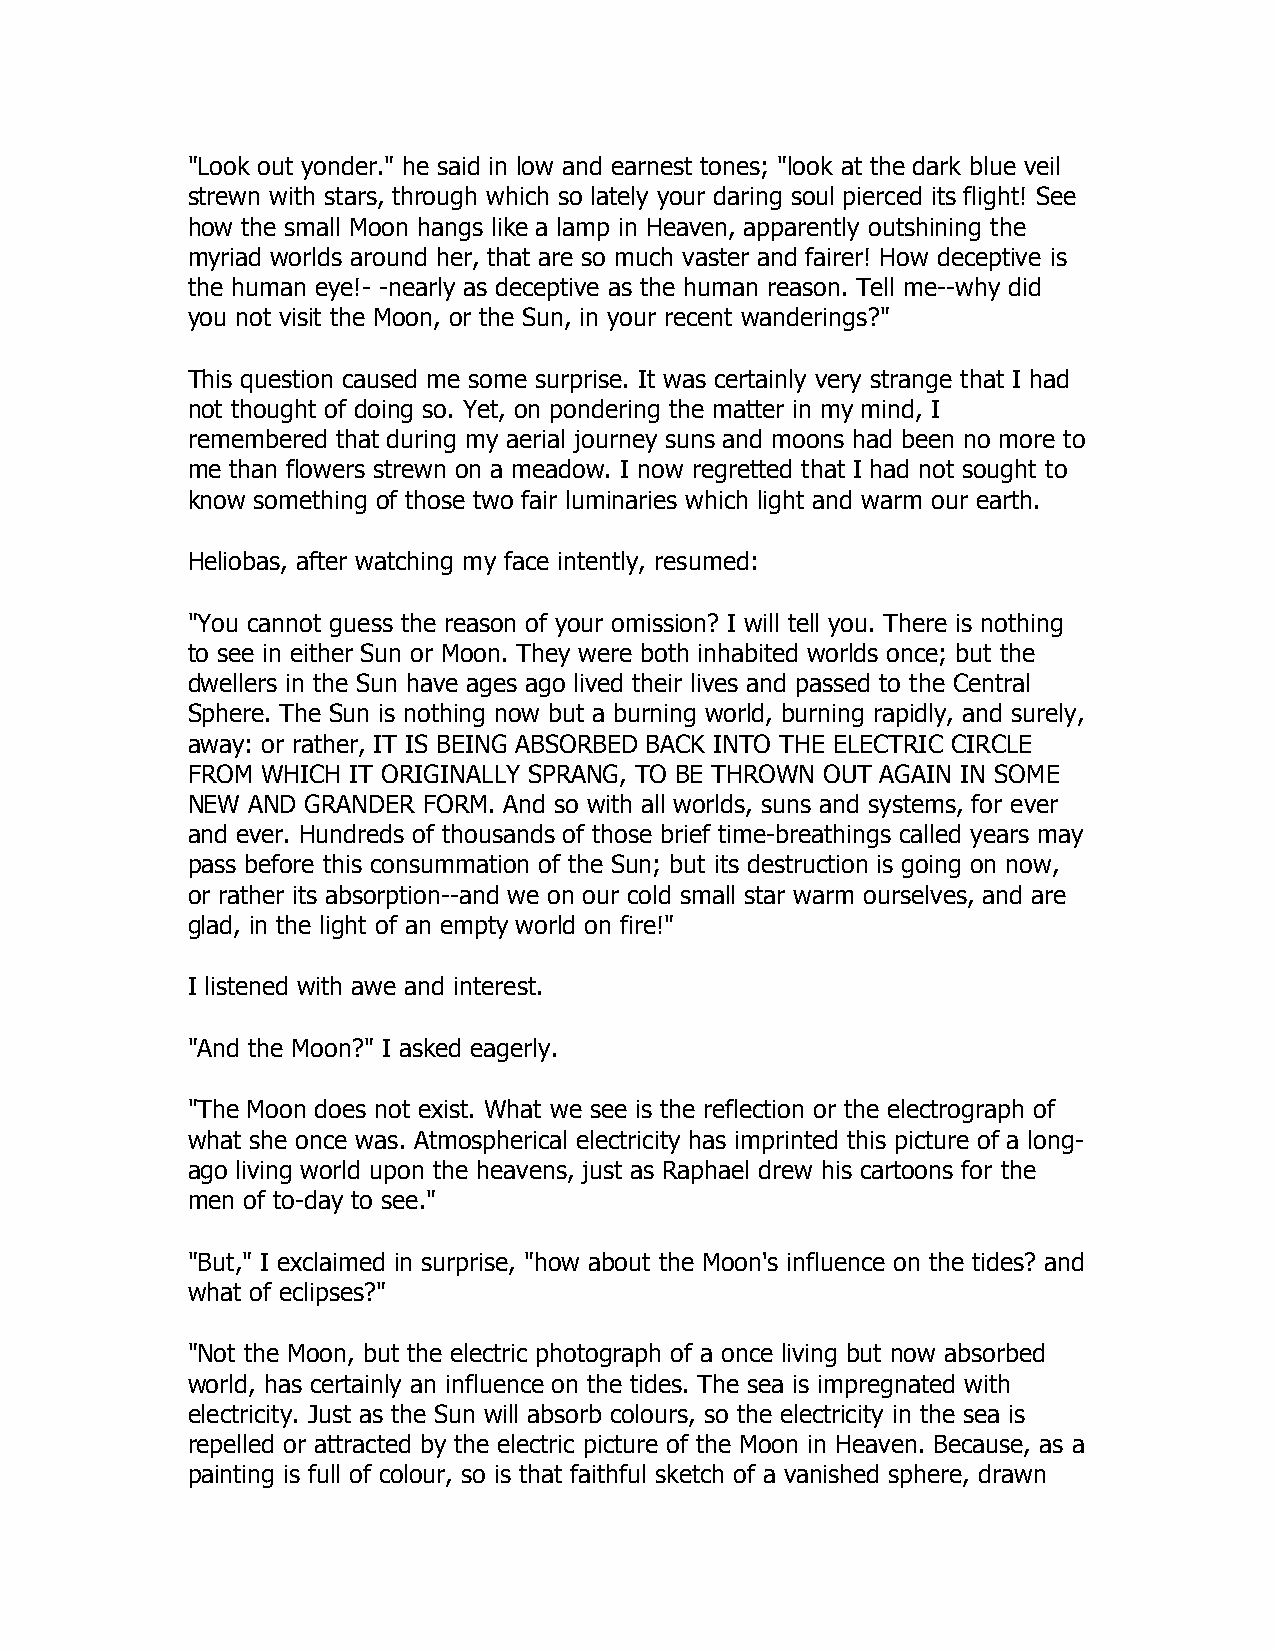
"Look out yonder." he said in low and earnest tones; "look at the dark blue veil
 strewn with stars, through which so lately your daring soul pierced its flight! See
 how the small Moon hangs like a lamp in Heaven, apparently outshining the
 myriad worlds around her, that are so much vaster and fairer! How deceptive is
 the human eye!- -nearly as deceptive as the human reason. Tell me--why did
 you not visit the Moon, or the Sun, in your recent wanderings?"
 This question caused me some surprise. It was certainly very strange that I had
 not thought of doing so. Yet, on pondering the matter in my mind, I
 remembered that during my aerial journey suns and moons had been no more to
 me than flowers strewn on a meadow. I now regretted that I had not sought to
 know something of those two fair luminaries which light and warm our earth.
 Heliobas, after watching my face intently, resumed:
 "You cannot guess the reason of your omission? I will tell you. There is nothing
 to see in either Sun or Moon. They were both inhabited worlds once; but the
 dwellers in the Sun have ages ago lived their lives and passed to the Central
 Sphere. The Sun is nothing now but a burning world, burning rapidly, and surely,
 away: or rather, IT IS BEING ABSORBED BACK INTO THE ELECTRIC CIRCLE
 FROM WHICH IT ORIGINALLY SPRANG, TO BE THROWN OUT AGAIN IN SOME
 NEW AND GRANDER FORM. And so with all worlds, suns and systems, for ever
 and ever. Hundreds of thousands of those brief time-breathings called years may
 pass before this consummation of the Sun; but its destruction is going on now,
 or rather its absorption--and we on our cold small star warm ourselves, and are
 glad, in the light of an empty world on fire!"
 I listened with awe and interest.
 "And the Moon?" I asked eagerly.
 "The Moon does not exist. What we see is the reflection or the electrograph of
 what she once was. Atmospherical electricity has imprinted this picture of a long-
 ago living world upon the heavens, just as Raphael drew his cartoons for the
 men of to-day to see."
 "But," I exclaimed in surprise, "how about the Moon's influence on the tides? and
 what of eclipses?"
 "Not the Moon, but the electric photograph of a once living but now absorbed
 world, has certainly an influence on the tides. The sea is impregnated with
 electricity. Just as the Sun will absorb colours, so the electricity in the sea is
 repelled or attracted by the electric picture of the Moon in Heaven. Because, as a
 painting is full of colour, so is that faithful sketch of a vanished sphere, drawn